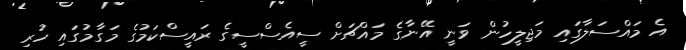
އެ މައްސަލާގައި މަޖިލީހުން ވަނީ އޭނާގެ މައްޗަށް ސީއެސްސީގެ ރައީސްކަމުގެ މަގާމުގައި ހުރި